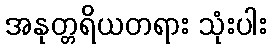
အနုတ္တရိယတရား သုံးပါး